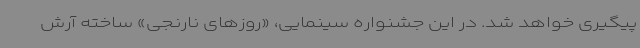
پیگیری خواهد شد. در این جشنواره سینمایی، «روزهای نارنجی» ساخته آرش